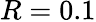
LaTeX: R=0.1